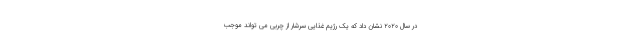
در سال 2020 نشان داد که یک رژیم غذایی سرشار از چربی می تواند موجب